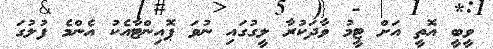
ވީބީ އޮތީ އަށް ޓީމު ވާދަކުރާ ލީގުގައި ނުވަ ޕޮއިންޓާއެކު އެންމެ ފުލުގަ